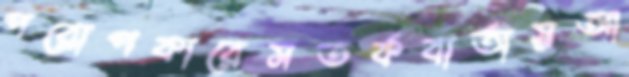
পরোপকারেসতর্কবার্তায়আ